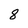
Character: 8